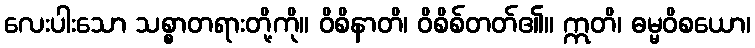
လေးပါးသော သစ္စာတရားတို့ကို။ ဝိစိနာတိ၊ ဝိစိစ်တတ်၏။ ဣတိ၊ ဓမ္မဝိစယော၊